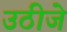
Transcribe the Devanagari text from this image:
उठीजे